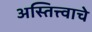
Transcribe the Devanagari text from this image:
अस्तित्त्वाचे